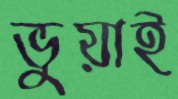
ভুয়াই